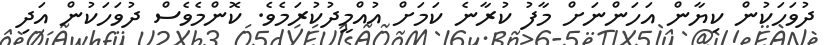
ދުވަހަކުން ކިޔާން އަހަންނަށް މާފު ކުރާނެ ކަމަށް އުއްމީދުކުރަމެވެ. ކޮންމެވެސް ދުވަހަކުން އަދި